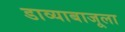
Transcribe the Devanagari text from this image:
डाव्याबाजूला